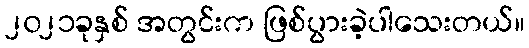
၂၀၂၁ခုနှစ် အတွင်းက ဖြစ်ပွားခဲ့ပါသေးတယ်။